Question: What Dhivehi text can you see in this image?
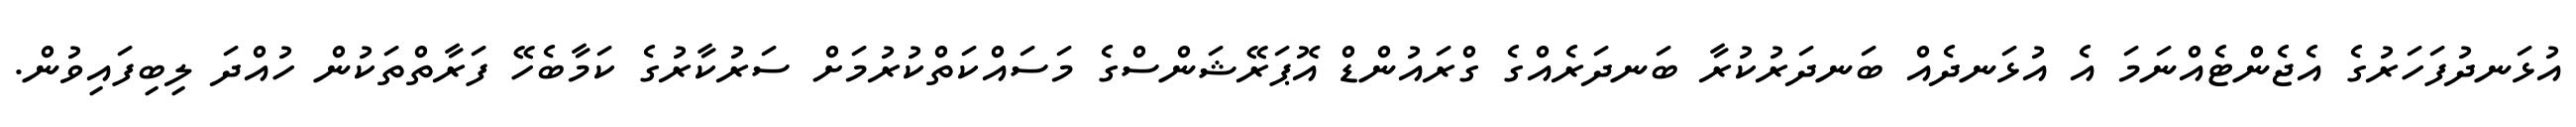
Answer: އުޅަނދުފަހަރުގެ އެޖެންޓެއްނަމަ އެ އުޅަނދެއް ބަނދަރުކުރާ ބަނދަރެއްގެ ގްރައުންޑް އޮޕަރޭޝަންސްގެ މަސައްކަތްކުރުމަށް ސަރުކާރުގެ ކަމާބެހޭ ފަރާތްތަކުން ހުއްދަ ލިބިފައިވުން.